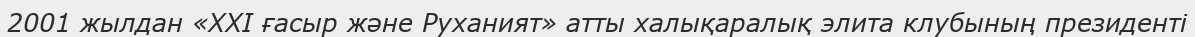
2001 жылдан «ХХІ ғасыр және Руханият» атты халықаралық элита клубының президенті